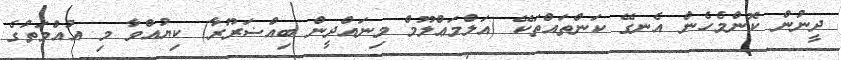
ދީނުން ކޮންމެހެން އެނގޭ ކަންތައްތަކޭ (އަލްމަޢްލޫމް މިނައްދީން ބިއްޟަރޫރާ) ކިޔުއްވާ މި އުއްމަތުގެ